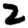
Digit: 2